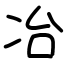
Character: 冶